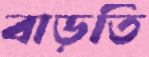
বাড়তি